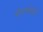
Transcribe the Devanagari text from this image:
बौगणविइले